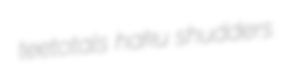
teetotals haku shudders